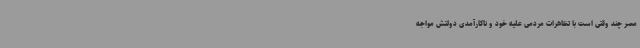
مصر چند وقتی است با تظاهرات مردمی علیه خود و ناکارآمدی دولتش مواجه